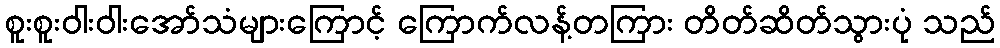
စူးစူးဝါးဝါးအော်သံများကြောင့် ကြောက်လန့်တကြား တိတ်ဆိတ်သွားပုံ သည်